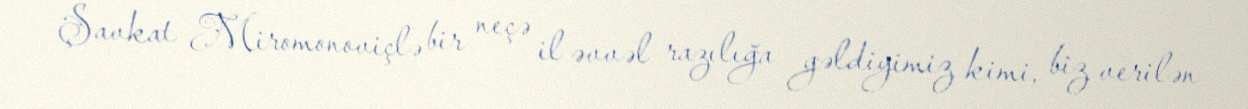
Şavkat Miromonoviçlə bir neçə il əvvəl razılığa gəldiyimiz kimi, biz verilən